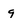
Character: g